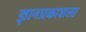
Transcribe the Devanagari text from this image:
ज्ञानप्रकाशला